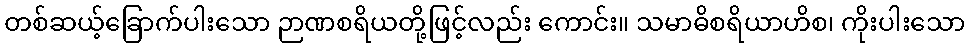
တစ်ဆယ့်ခြောက်ပါးသော ဉာဏစရိယတို့ဖြင့်လည်း ကောင်း။ သမာဓိစရိယာဟိစ၊ ကိုးပါးသော